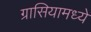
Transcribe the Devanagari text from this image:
ग्रासियामध्ये